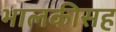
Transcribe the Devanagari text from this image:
भालकीसह